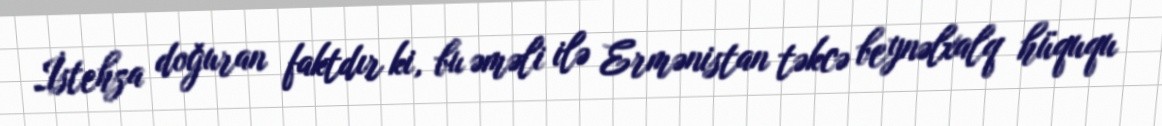
İstehza doğuran faktdır ki, bu əməli ilə Ermənistan təkcə beynəlxalq hüququ